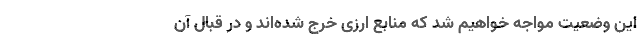
این وضعیت مواجه خواهیم شد که منابع ارزی خرج شده‌اند و در قبال آن